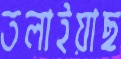
তলাইয়াছ